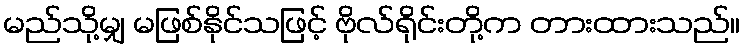
မည်သို့မျှ မဖြစ်နိုင်သဖြင့် ဗိုလ်ရိုင်းတို့က တားထားသည်။